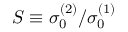
S \equiv \sigma _ { 0 } ^ { ( 2 ) } / \sigma _ { 0 } ^ { ( 1 ) }